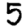
Digit: 5